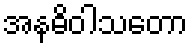
အနဓိဝါသတော